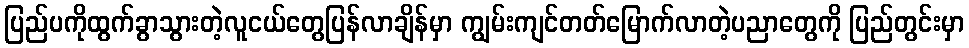
ပြည်ပကိုထွက်ခွာသွားတဲ့လူငယ်တွေပြန်လာချိန်မှာ ကျွမ်းကျင်တတ်မြောက်လာတဲ့ပညာတွေကို ပြည်တွင်းမှာ